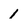
Character: 1